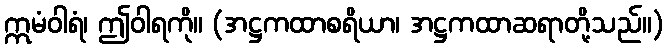
ဣမံဝါရံ၊ ဤဝါရကို။ (အဋ္ဌကထာစရိယာ၊ အဋ္ဌကထာဆရာတို့သည်။)